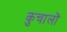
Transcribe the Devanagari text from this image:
कुचालों